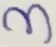
Text: 3